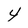
Character: 4